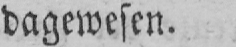
dagewesen.